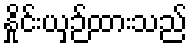
နှိုင်းယှဉ်ထားသည်